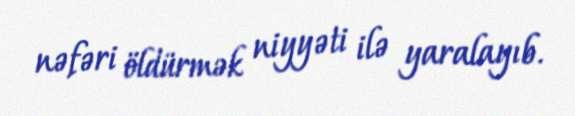
nəfəri öldürmək niyyəti ilə yaralayıb.